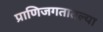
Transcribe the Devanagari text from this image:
प्राणिजगतातल्या